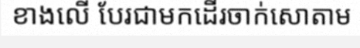
ខាងលើ បែរជាមកដើរចាក់សោតាម